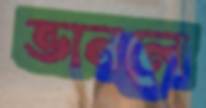
ভানলে